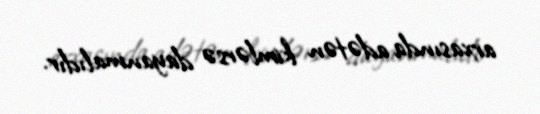
arxasında adətən kimlərsə dayanmalıdır.